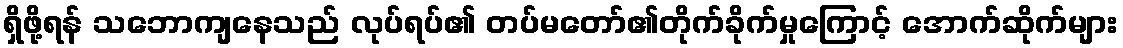
ရှိဖို့ရန် သဘောကျနေသည် လုပ်ရပ်၏ တပ်မတော်၏တိုက်ခိုက်မှုကြောင့် အောက်ဆိုက်များ